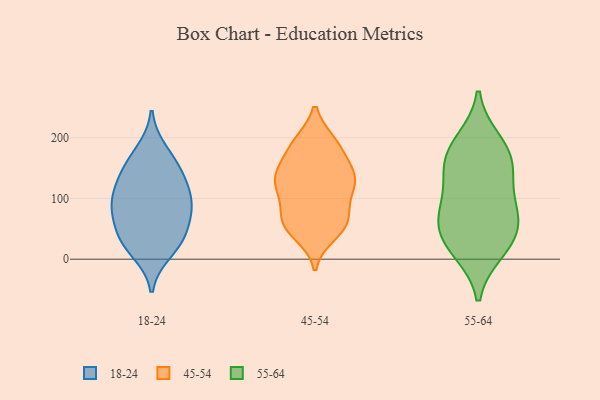
{"axis": {"x": "Humidity (%)", "y": "Value"}, "legend": ["18-24", "45-54", "55-64"], "data": [{"x": "", "y": 34, "type": "18-24"}, {"x": "", "y": 84, "type": "18-24"}, {"x": "", "y": 154, "type": "18-24"}, {"x": "", "y": 144, "type": "18-24"}, {"x": "", "y": 38, "type": "18-24"}, {"x": "", "y": 94, "type": "18-24"}, {"x": "", "y": 32, "type": "18-24"}, {"x": "", "y": 85, "type": "18-24"}, {"x": "", "y": 129, "type": "18-24"}, {"x": "", "y": 178, "type": "18-24"}, {"x": "", "y": 111, "type": "18-24"}, {"x": "", "y": 75, "type": "18-24"}, {"x": "", "y": 12, "type": "18-24"}, {"x": "", "y": 64, "type": "45-54"}, {"x": "", "y": 50, "type": "45-54"}, {"x": "", "y": 131, "type": "45-54"}, {"x": "", "y": 71, "type": "45-54"}, {"x": "", "y": 146, "type": "45-54"}, {"x": "", "y": 137, "type": "45-54"}, {"x": "", "y": 192, "type": "45-54"}, {"x": "", "y": 130, "type": "45-54"}, {"x": "", "y": 57, "type": "45-54"}, {"x": "", "y": 41, "type": "45-54"}, {"x": "", "y": 114, "type": "45-54"}, {"x": "", "y": 191, "type": "45-54"}, {"x": "", "y": 129, "type": "45-54"}, {"x": "", "y": 124, "type": "45-54"}, {"x": "", "y": 101, "type": "45-54"}, {"x": "", "y": 192, "type": "45-54"}, {"x": "", "y": 54, "type": "45-54"}, {"x": "", "y": 179, "type": "45-54"}, {"x": "", "y": 79, "type": "45-54"}, {"x": "", "y": 154, "type": "45-54"}, {"x": "", "y": 84, "type": "55-64"}, {"x": "", "y": 65, "type": "55-64"}, {"x": "", "y": 160, "type": "55-64"}, {"x": "", "y": 183, "type": "55-64"}, {"x": "", "y": 150, "type": "55-64"}, {"x": "", "y": 140, "type": "55-64"}, {"x": "", "y": 58, "type": "55-64"}, {"x": "", "y": 14, "type": "55-64"}, {"x": "", "y": 92, "type": "55-64"}, {"x": "", "y": 38, "type": "55-64"}, {"x": "", "y": 194, "type": "55-64"}, {"x": "", "y": 20, "type": "55-64"}]}